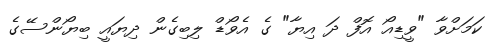
ކަމަށްވާ "ވީޑިއޯ އޮފް ދަ އިޔާ" ގެ އެވޯޑް ލިބިގެން ދިޔައީ ބިޔޯންސޭގެ